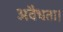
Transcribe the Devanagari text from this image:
अवैधता।